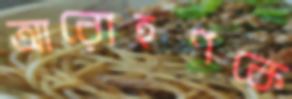
আরোহণকে